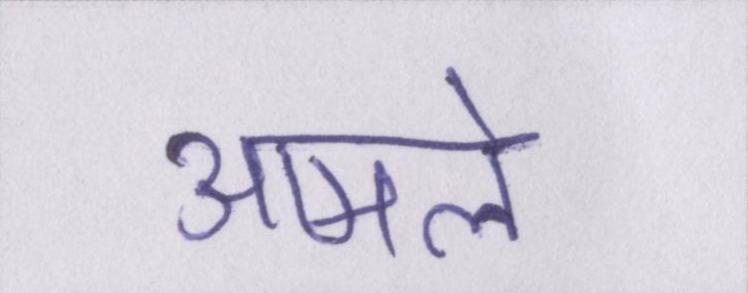
आमले